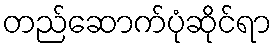
တည်ဆောက်ပုံဆိုင်ရာ